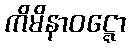
ကိမိနာဝဋ္ဋော